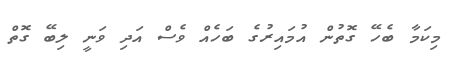
މިކަމާ ބެހޭ ގޮތުން އުމައިރުގެ ބަހެއް ވެސް އަދި ވަނީ ލިބޭ ގޮތް